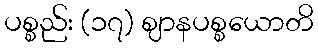
ပစ္စည်း (၁၇) ဈာနပစ္စယောတိ